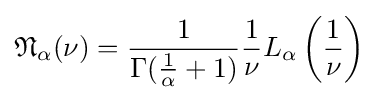
{\mathfrak {N}}_{\alpha }(\nu )={\frac {1}{\Gamma ({\frac {1}{\alpha }}+1)}}{\frac {1}{\nu }}L_{\alpha }\left({\frac {1}{\nu }}\right)